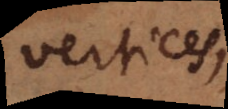
vertices,